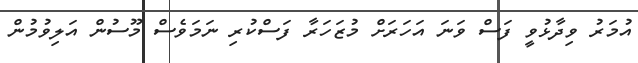
އުމަރު ވިދާޅުވީ ފަސް ވަނަ އަހަރަށް މުޒަހަރާ ފަސްކުރި ނަމަވެސް މޫސުން އަލިވުމުން